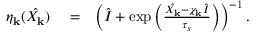
\begin{array} { r l r } { \eta _ { \bf k } ( \hat { X _ { \bf k } } ) } & { { } = } & { \left( \hat { I } + \exp \left( \frac { \hat { X _ { \bf k } } - \chi _ { \bf k } \hat { I } } { \tau _ { s } } \right) \right) ^ { - 1 } . } \end{array}